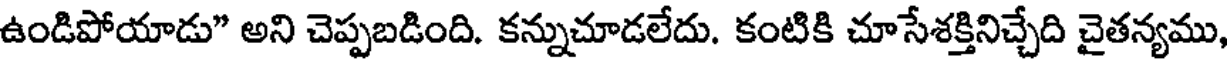
ఉండిపోయాడు" అని చెప్పబడింది. కన్నుచూడలేదు. కంటికి చూసేశక్తినిచ్చేది చైతన్యము,